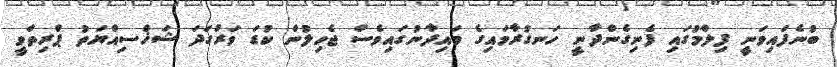
ބުނެފައިވަނީ ފިލްމުގައި ފެނިގެންދާނީ ހަނގުރާމައިގެ މައިދާނުގައިވެސް ޖެހިލުން ކުޑަ ވަރުގަދަ ޝަޚްސިއްޔަތު ޕްރިތްވީ